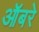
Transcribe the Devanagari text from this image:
ऑबरे